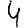
Digit: 4